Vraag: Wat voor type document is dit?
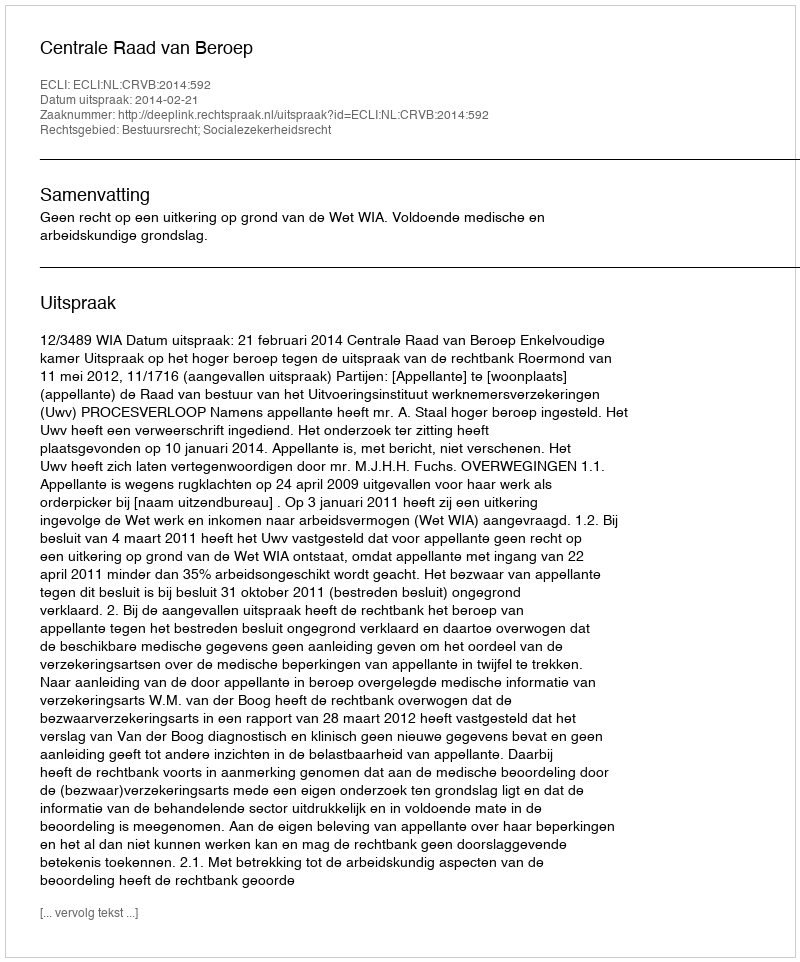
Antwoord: Uitspraak